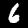
Label: 6